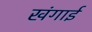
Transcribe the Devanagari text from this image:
खंगाई